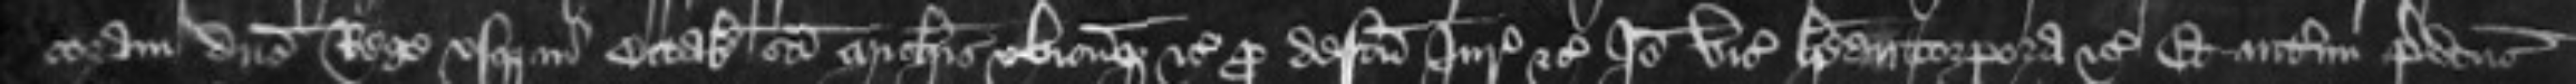
coram domino Rege usque in Octabis Sancti Michaelis ubicumque etc pro defectu Juratorum etc Ideo vicecomites habeant corpora etc Et interim predictus